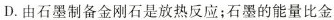
D.由石墨制备金刚石是放热反应；石墨的能量比金